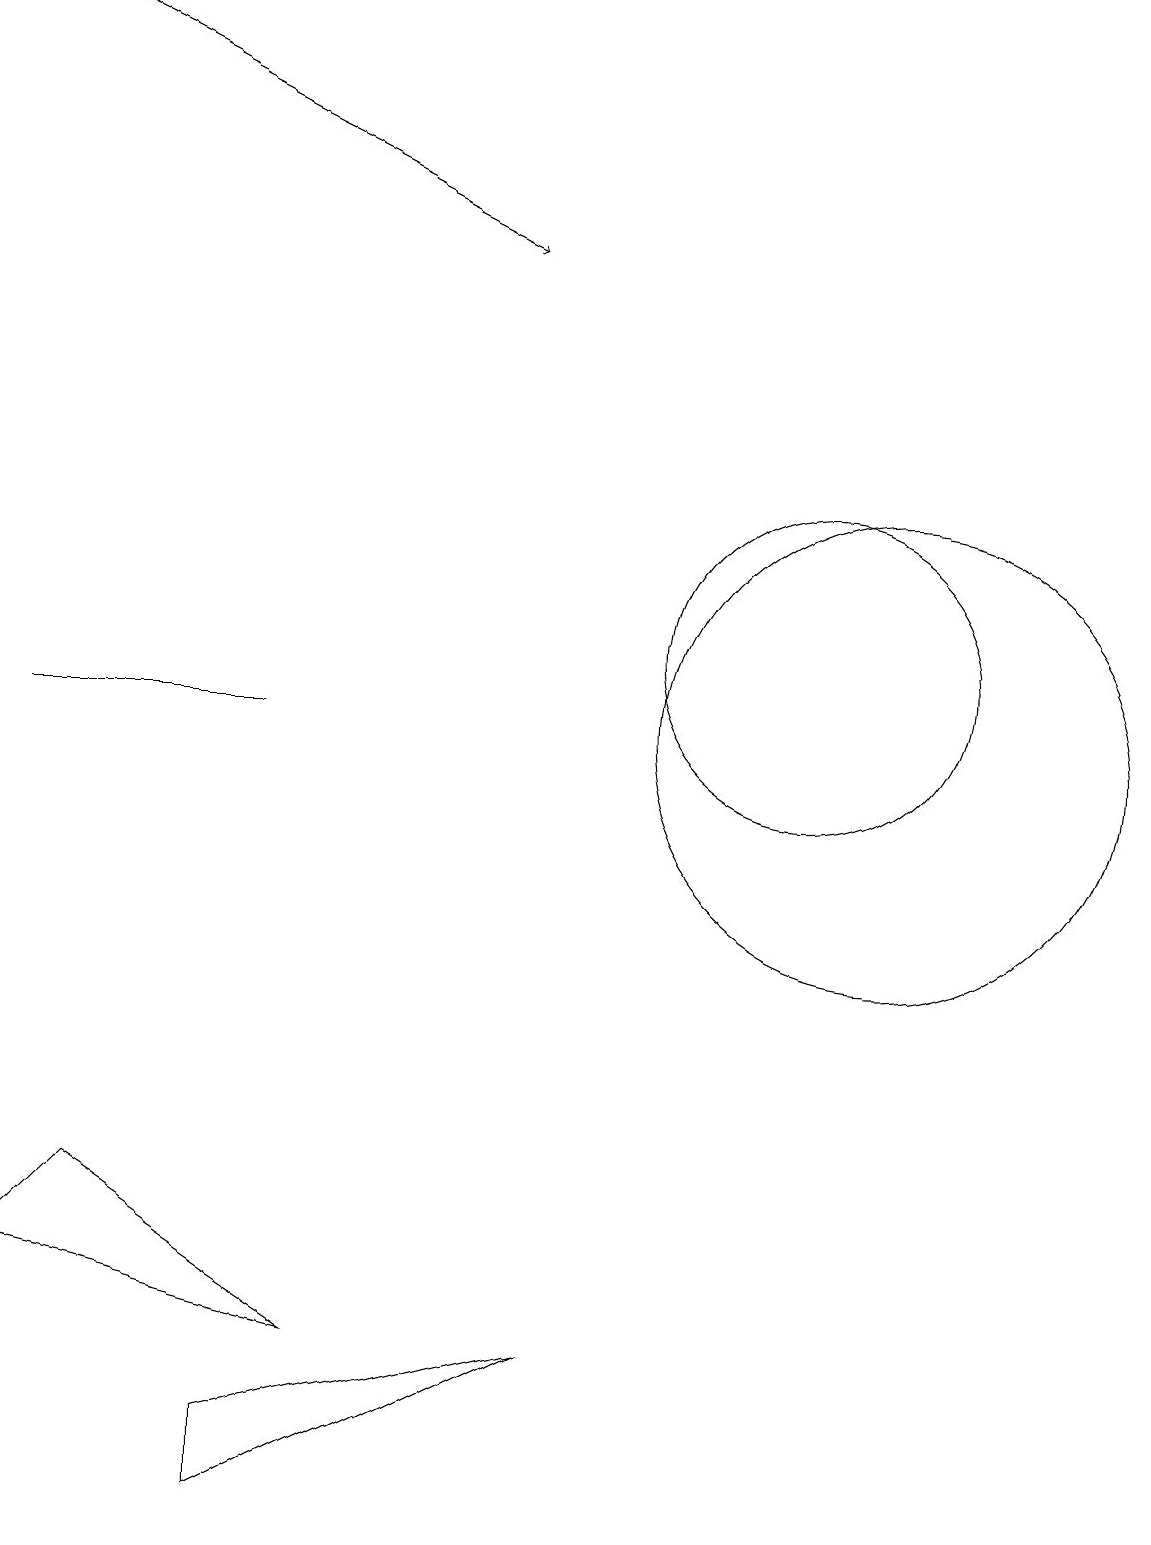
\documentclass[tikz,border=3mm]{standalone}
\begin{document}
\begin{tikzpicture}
\draw (12,10) circle (3);
\draw (11,11) circle (2);
\draw[->] (1,19) -- (7,16);
\draw (4,1) -- (8,2) -- (4,0) -- cycle;
\draw (1,10) rectangle (4,10);
\draw (1,3) -- (5,2) -- (2,4) -- cycle;
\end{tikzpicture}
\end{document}